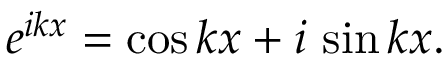
e ^ { i k x } = \cos k x + i \, \sin k x .